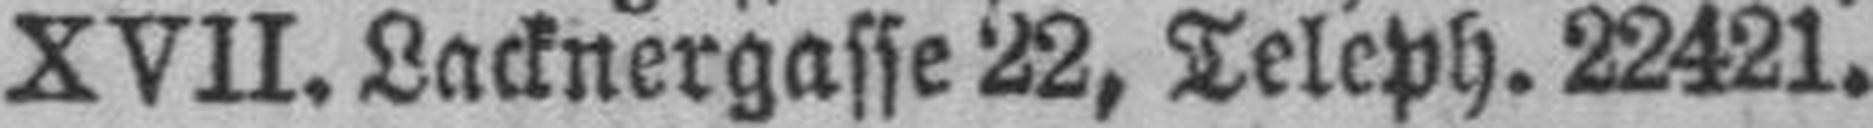
XVII. Lacknergasse 22, Teleph. 22421.